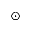
\odot